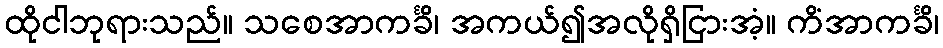
ထိုငါဘုရားသည်။ သစေအာကင်္ခိ၊ အကယ်၍အလိုရှိငြားအံ့။ ကိံအာကင်္ခိ၊